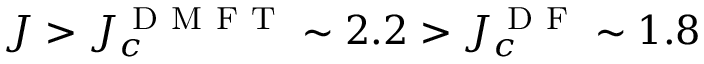
J > J _ { c } ^ { \mathrm { ~ D ~ M ~ F ~ T ~ } } \sim 2 . 2 > J _ { c } ^ { \mathrm { ~ D ~ F ~ } } \sim 1 . 8